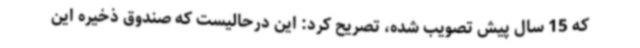
که 15 سال پیش تصویب شده، تصریح کرد: این درحالیست که صندوق ذخیره این